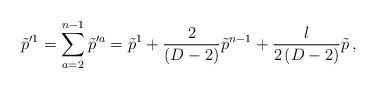
\begin{align*}\tilde p^{\prime 1} =\sum_{a=2}^{n-1} \tilde p^{\prime a} = \tilde p^1 +{2\over(D-2)}\tilde p^{n-1}+{l\over 2\, (D-2)} \tilde p \, ,\end{align*}